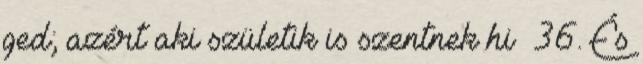
ged; azért aki születik is szentnek hi− 36. És